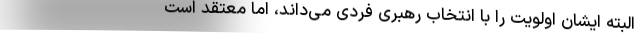
البته ایشان اولویت را با انتخاب رهبری فردی می‌داند، اما معتقد است